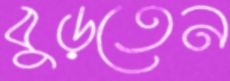
বুড়তেন